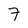
Character: 7